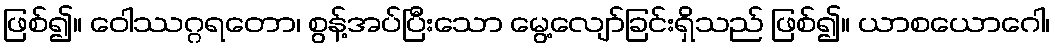
ဖြစ်၍။ ဝေါဿဂ္ဂရတော၊ စွန့်အပ်ပြီးသော မွေ့လျော်ခြင်းရှိသည် ဖြစ်၍။ ယာစယောဂေါ၊